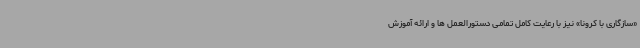
«سازگاری با کرونا» نیز با رعایت کامل تمامی دستورالعمل ها و ارائه آموزش